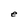
Character: e